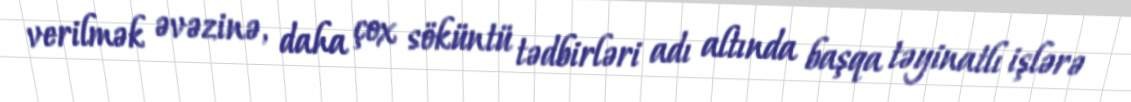
verilmək əvəzinə, daha çox söküntü tədbirləri adı altında başqa təyinatlı işlərə